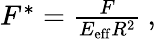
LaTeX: \begin{array}{r}{F^{*}=\frac{F}{E_{\mathrm{eff}}R^{2}}\: ,}\end{array}